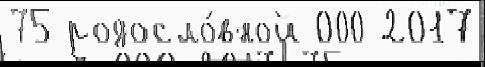
75 родосло́вной 000 2017